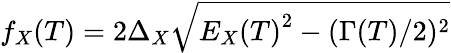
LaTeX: f_{X}(T)=2\Delta_{X}\sqrt{{E_{X}(T)}^{2}-(\Gamma(T)/2)^{2}}